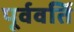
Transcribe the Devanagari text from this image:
पूर्ववर्ति